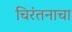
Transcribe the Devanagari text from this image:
चिरंतनाचा